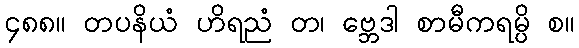
၄၈၈။ တပနိယံ ဟိရညံ တ၊ ဗ္ဘေဒါ စာမီကရမ္ပိ စ။